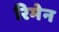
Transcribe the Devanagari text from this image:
रिमेन